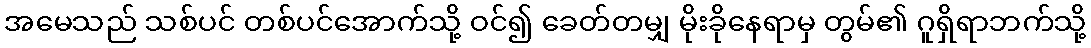
အမေသည် သစ်ပင် တစ်ပင်အောက်သို့ ဝင်၍ ခေတ်တမျှ မိုးခိုနေရာမှ တွမ်၏ ဂူရှိရာဘက်သို့